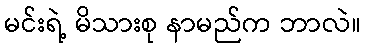
မင်းရဲ့ မိသားစု နာမည်က ဘာလဲ။